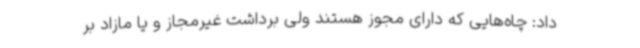
داد: چاه‌هایی که دارای مجوز هستند ولی برداشت غیرمجاز و یا مازاد بر